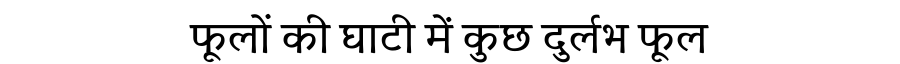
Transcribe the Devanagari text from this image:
फूलों की घाटी में कुछ दुर्लभ फूल